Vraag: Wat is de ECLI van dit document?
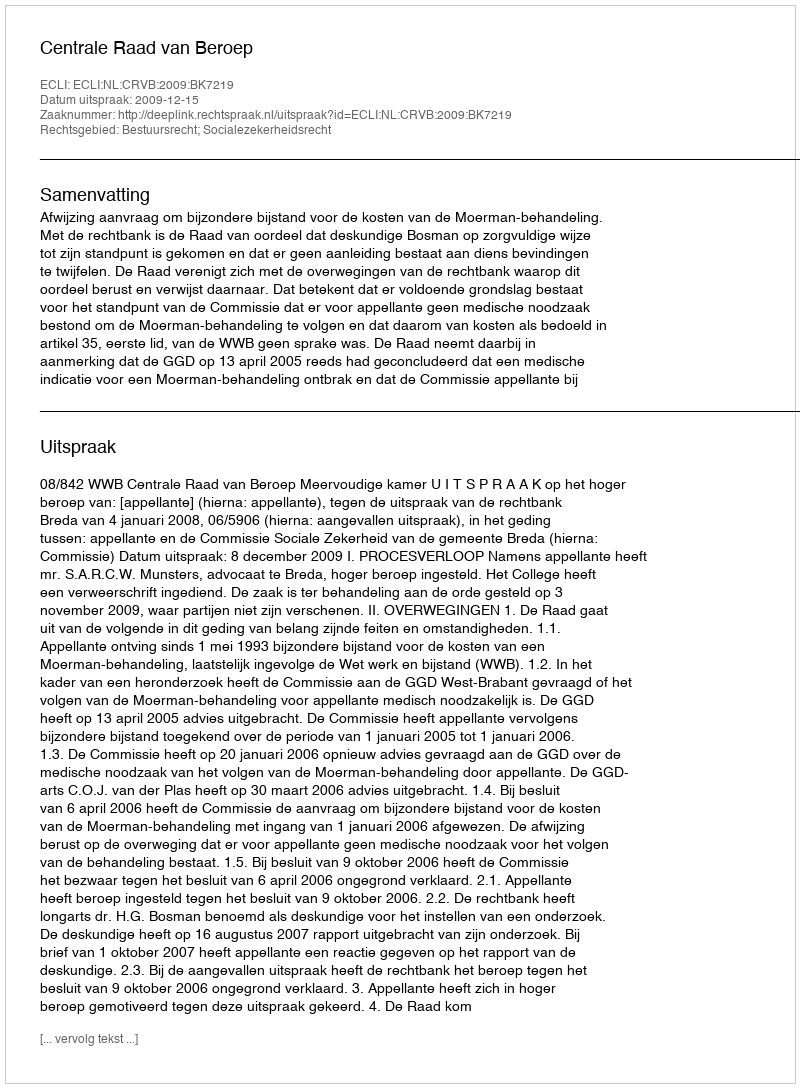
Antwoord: ECLI:NL:CRVB:2009:BK7219